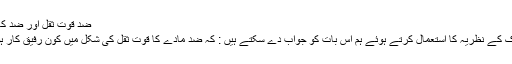
ضد قوّت ثقل اور ضد کائنات
ڈیراک کے نظریہ کا استعمال کرتے ہوئے ہم اس بات کو جواب دے سکتے ہیں : کہ ضد مادّے کا قوّت ثقل کی شکل میں کون رفیق کار ہوگا ؟